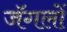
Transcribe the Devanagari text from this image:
जॅगलों